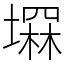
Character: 𡑕